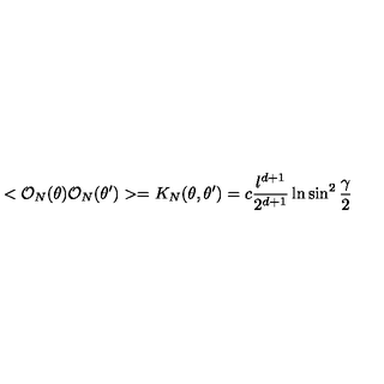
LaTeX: < { \cal O } _ { N } ( \theta ) { \cal O } _ { N } ( \theta ^ { \prime } ) > = K _ { N } ( \theta , \theta ^ { \prime } ) = c { \frac { l ^ { d + 1 } } { 2 ^ { d + 1 } } } \ln \sin ^ { 2 } { \frac { \gamma } { 2 } }